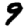
Digit: 9